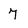
Character: 7